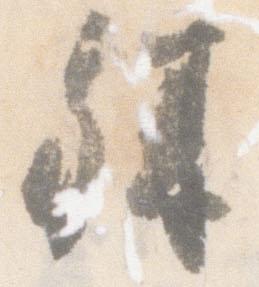
殊